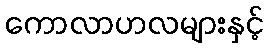
ကောလာဟလများနှင့်